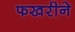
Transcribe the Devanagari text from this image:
फखरीने